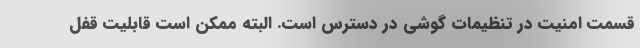
قسمت امنیت در تنظیمات گوشی در دسترس است. البته ممکن است قابلیت قفل